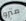
مترو